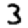
Digit: 3